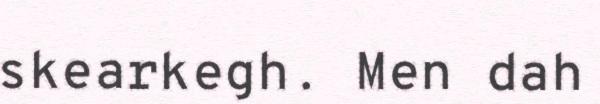
skearkegh. Men dah